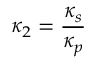
\kappa _ { 2 } = \frac { \kappa _ { s } } { \kappa _ { p } }